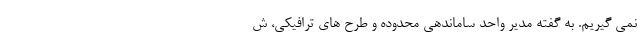
نمی گیریم. به گفته مدیر واحد ساماندهی محدوده و طرح های ترافیکی، ش